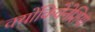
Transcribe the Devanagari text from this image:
क्योंकिवेनेशिया